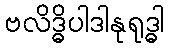
ဗလိဒ္ဓိပါဒါနုရုဒ္ဓါ